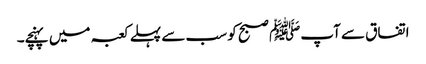
اتفاق سے آپﷺ صبح کو سب سے پہلے کعبہ میں پہنچے۔